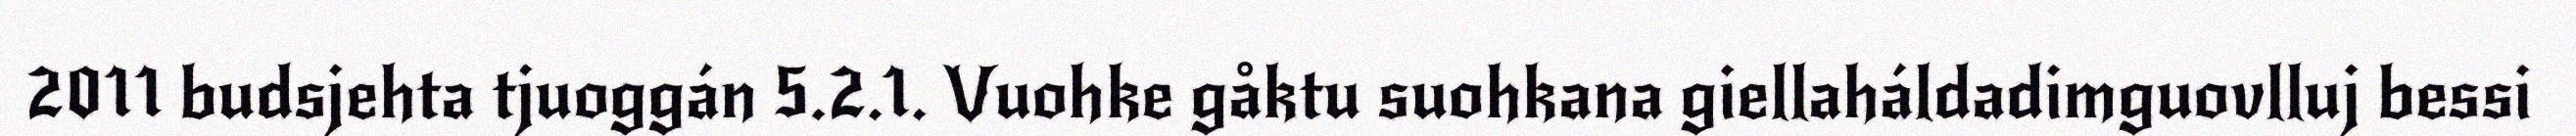
2011 budsjehta tjuoggán 5.2.1. Vuohke gåktu suohkana giellaháldadimguovlluj bessi